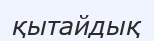
қытайдық